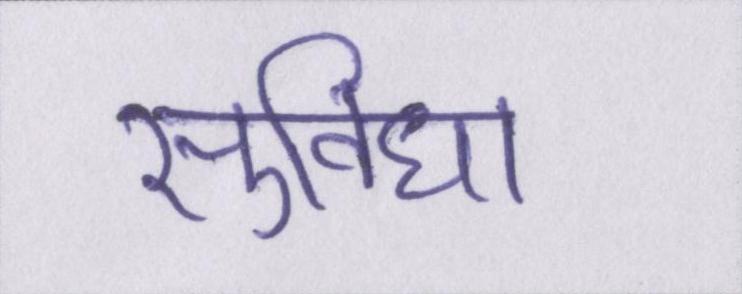
सुविधा